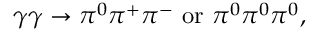
\gamma \gamma \to \pi ^ { 0 } \pi ^ { + } \pi ^ { - } \mathrm { ~ o r ~ } \pi ^ { 0 } \pi ^ { 0 } \pi ^ { 0 } ,